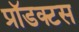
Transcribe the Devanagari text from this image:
प्रॉडक्टस